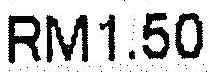
RM1.50